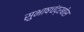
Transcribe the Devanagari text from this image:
सुभाषचंद्रबोस